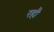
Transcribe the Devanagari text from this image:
रहौ